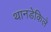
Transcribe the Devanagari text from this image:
थानडेकिले